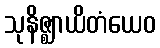
သုနိဇ္ဈာယိတံယေဝ